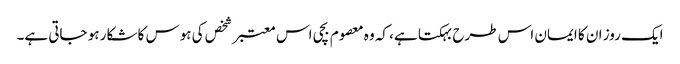
ایک روز ان کا ایمان اس طرح بہکتا ہے، کہ وہ معصوم بچی اس معتبر شخص کی ہوس کا شکار ہو جاتی ہے۔